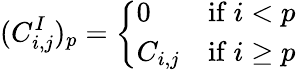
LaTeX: (C_{i,j}^{I})_{p}={\left\{ \begin{array}{ll}{0}&{{\mathrm{if~}}i<p}\\ {C_{i,j}}&{{\mathrm{if~}}i\geq p}\end{array}\right.}